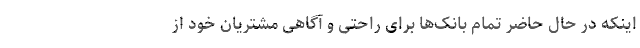
اینکه در حال حاضر تمام بانک‌ها برای راحتی و آگاهی مشتریان خود از